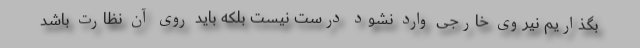
بگذاریم نیروی خارجی وارد نشود درست نیست بلکه باید روی آن نظارت باشد